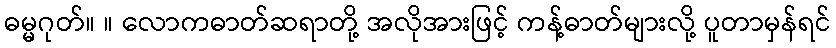
ဓမ္မဂုတ်။ ။ လောကဓာတ်ဆရာတို့ အလိုအားဖြင့် ကန့်ဓာတ်များလို့ ပူတာမှန်ရင်